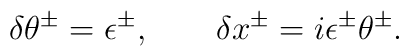
\delta \theta ^{\pm }=\epsilon ^{\pm },\qquad \delta x^{\pm }=i\epsilon^{\pm }\theta ^{\pm }.